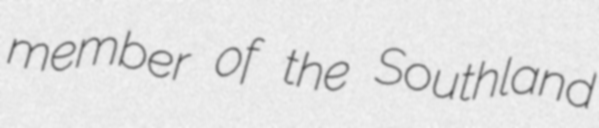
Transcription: member of the Southland